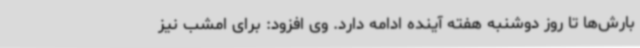
بارش‌ها تا روز دوشنبه هفته آینده ادامه دارد. وی افزود: برای امشب نیز